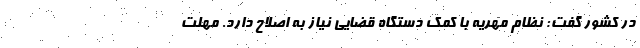
در کشور گفت: نظام مهریه با کمک دستگاه قضایی نیاز به اصلاح دارد. مهلت